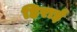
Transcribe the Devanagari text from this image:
हिराई